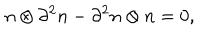
n \otimes \partial ^ { 2 } n - \partial ^ { 2 } n \otimes n = 0 ,